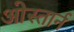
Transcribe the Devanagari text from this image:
ओस्तार्न